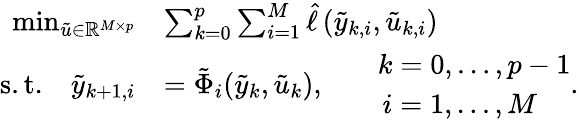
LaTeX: \begin{array}{rl}{\operatorname*{min}_{\tilde{u}\in\mathbb{R}^{M\times p}}}&{\sum_{k=0}^{p}\sum_{i=1}^{M}\hat{\ell}\left(\tilde{y}_{k,i},\tilde{u}_{k,i}\right)}\\ {\mathrm{s.t.}\quad\tilde{y}_{k+1,i}}&{=\tilde{\Phi}_{i}(\tilde{y}_{k},\tilde{u}_{k}),\qquad\begin{array}{l}{k=0,\ldots,p-1}\\ {\, i=1,\ldots,M}\end{array}.}\end{array}